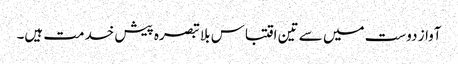
آواز دوست میں سے تین اقتباس بلا تبصرہ پیش خدمت ہیں۔